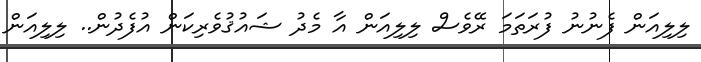
ލިލިއަން ފެނުނު ފުރަތަމަ ރޭވެސް ލިލިއަން އާ މެދު ޝައުޤުވެރިކަން އުފެދުން.. ލިލިއަން